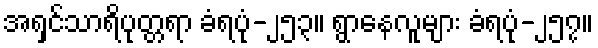
အရှင်သာရိပုတ္တရာ ခံရပုံ-၂၅၃။ ရွာနေလူများ ခံရပုံ-၂၅၇။